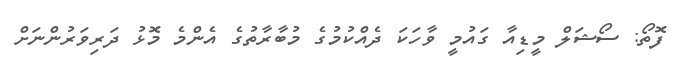
ފޮތޯ: ސޯޝަލް މީޑިއާ ގައުމީ ވާހަކަ ދެއްކުމުގެ މުބާރާތުގެ އެންމެ މޮޅު ދަރިވަރުންނަށް